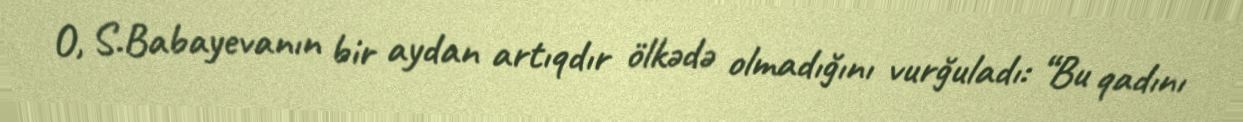
O, S.Babayevanın bir aydan artıqdır ölkədə olmadığını vurğuladı: “Bu qadını